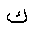
Letter: _kaf